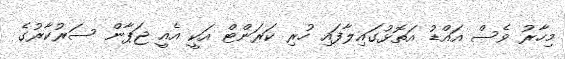
މިހާރު ވެސް އައްޑު އަތޮޅުގައިލާފައި ހުރި ކަރަންޓް އަކީ އެއީ ޖަޕާން ސަރުކާރުގެ